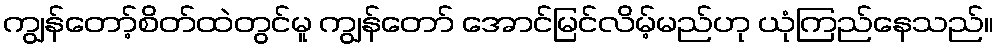
ကျွန်တော့်စိတ်ထဲတွင်မူ ကျွန်တော် အောင်မြင်လိမ့်မည်ဟု ယုံကြည်နေသည်။